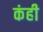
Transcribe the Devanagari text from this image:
कंही